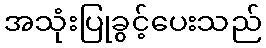
အသုံးပြုခွင့်ပေးသည်